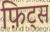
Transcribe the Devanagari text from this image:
फ़िट्स